Madras plague regulations and rules for district municipalities and other towns and villages
Disease focus: Plague
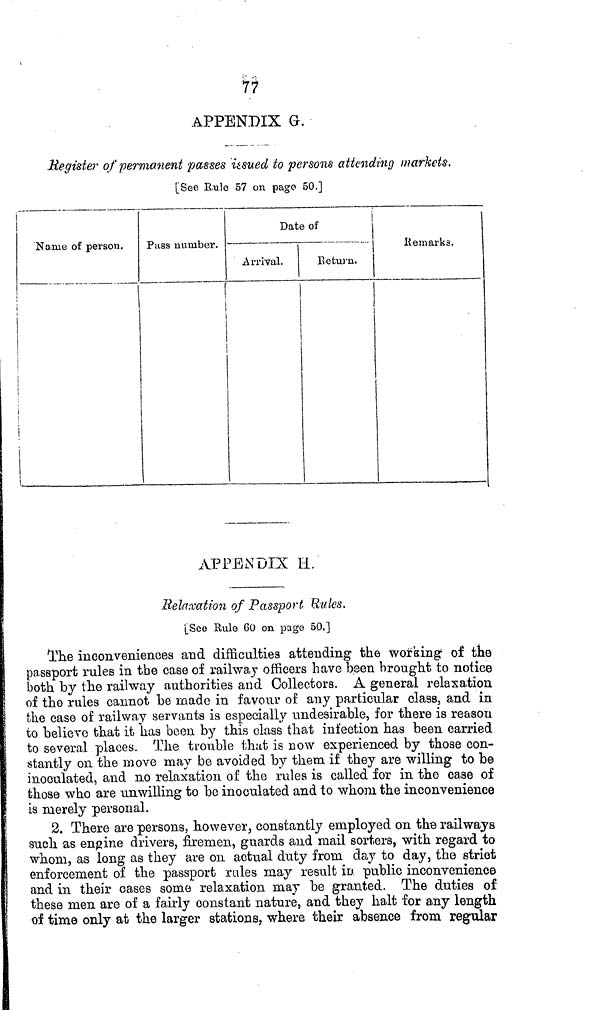
77
APPENDIX G.
Register of permanent passes issued to persons attending markets,
[See Rule 57 on page 50.]
Name of person.
1
Pass number.
Date of
Arrival.
Return.
R e m arks
APPENDIX H.
Relaxation of Passport Rules.
[See Rule 60 on page 50.]
The inconveniences and difficulties attending the working of tne
passport rules in the case of railway officers have been brought to notice
both by the railway authorities and Collectors. A general relaxation
of the rules cannot be made in favour of any particular class, and in
the case of railway servants is especially undesirable, for there is reason
to believe that it has been by this class that infection has been carried
to several places. The trouble that is now experienced by those con-
stantly 011 the move may be avoided by them, if they are willing to be
inoculated, and no relaxation of the rules is called for in the case of
those who are unwilling to be inoculated and to whom the inconvenience
is merely personal.
2. There are persons, however, constantly employed on the railways
such, as engine drivers, firemen, guards and mail sorters, with regard to
whom, as long as they are on actual duty from day to day, the strict
enforcement of the passport rules may result in public inconvenience
and in their cases some relaxation may be granted. The duties of
these men are of a fairly constant nature, and they halt for any length
of time only at the larger stations, where their absence from regular